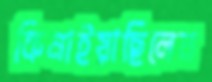
কিনাইয়াছিলেন